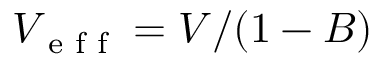
V _ { \textrm { e f f } } = V / ( 1 - B )